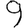
Digit: 9